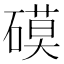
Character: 𥕓